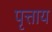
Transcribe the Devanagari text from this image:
पृत्ताय